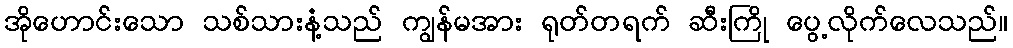
အိုဟောင်းသော သစ်သားနံ့သည် ကျွန်မအား ရုတ်တရက် ဆီးကြို ပွေ့လိုက်လေသည်။